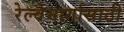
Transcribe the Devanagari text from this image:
रेल्वेमार्गासाठी